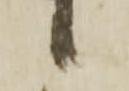
候